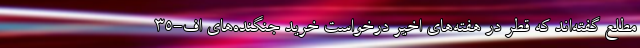
مطلع گفته‌اند که قطر در هفته‌های اخیر درخواست خرید جنگنده‌های اف-۳۵